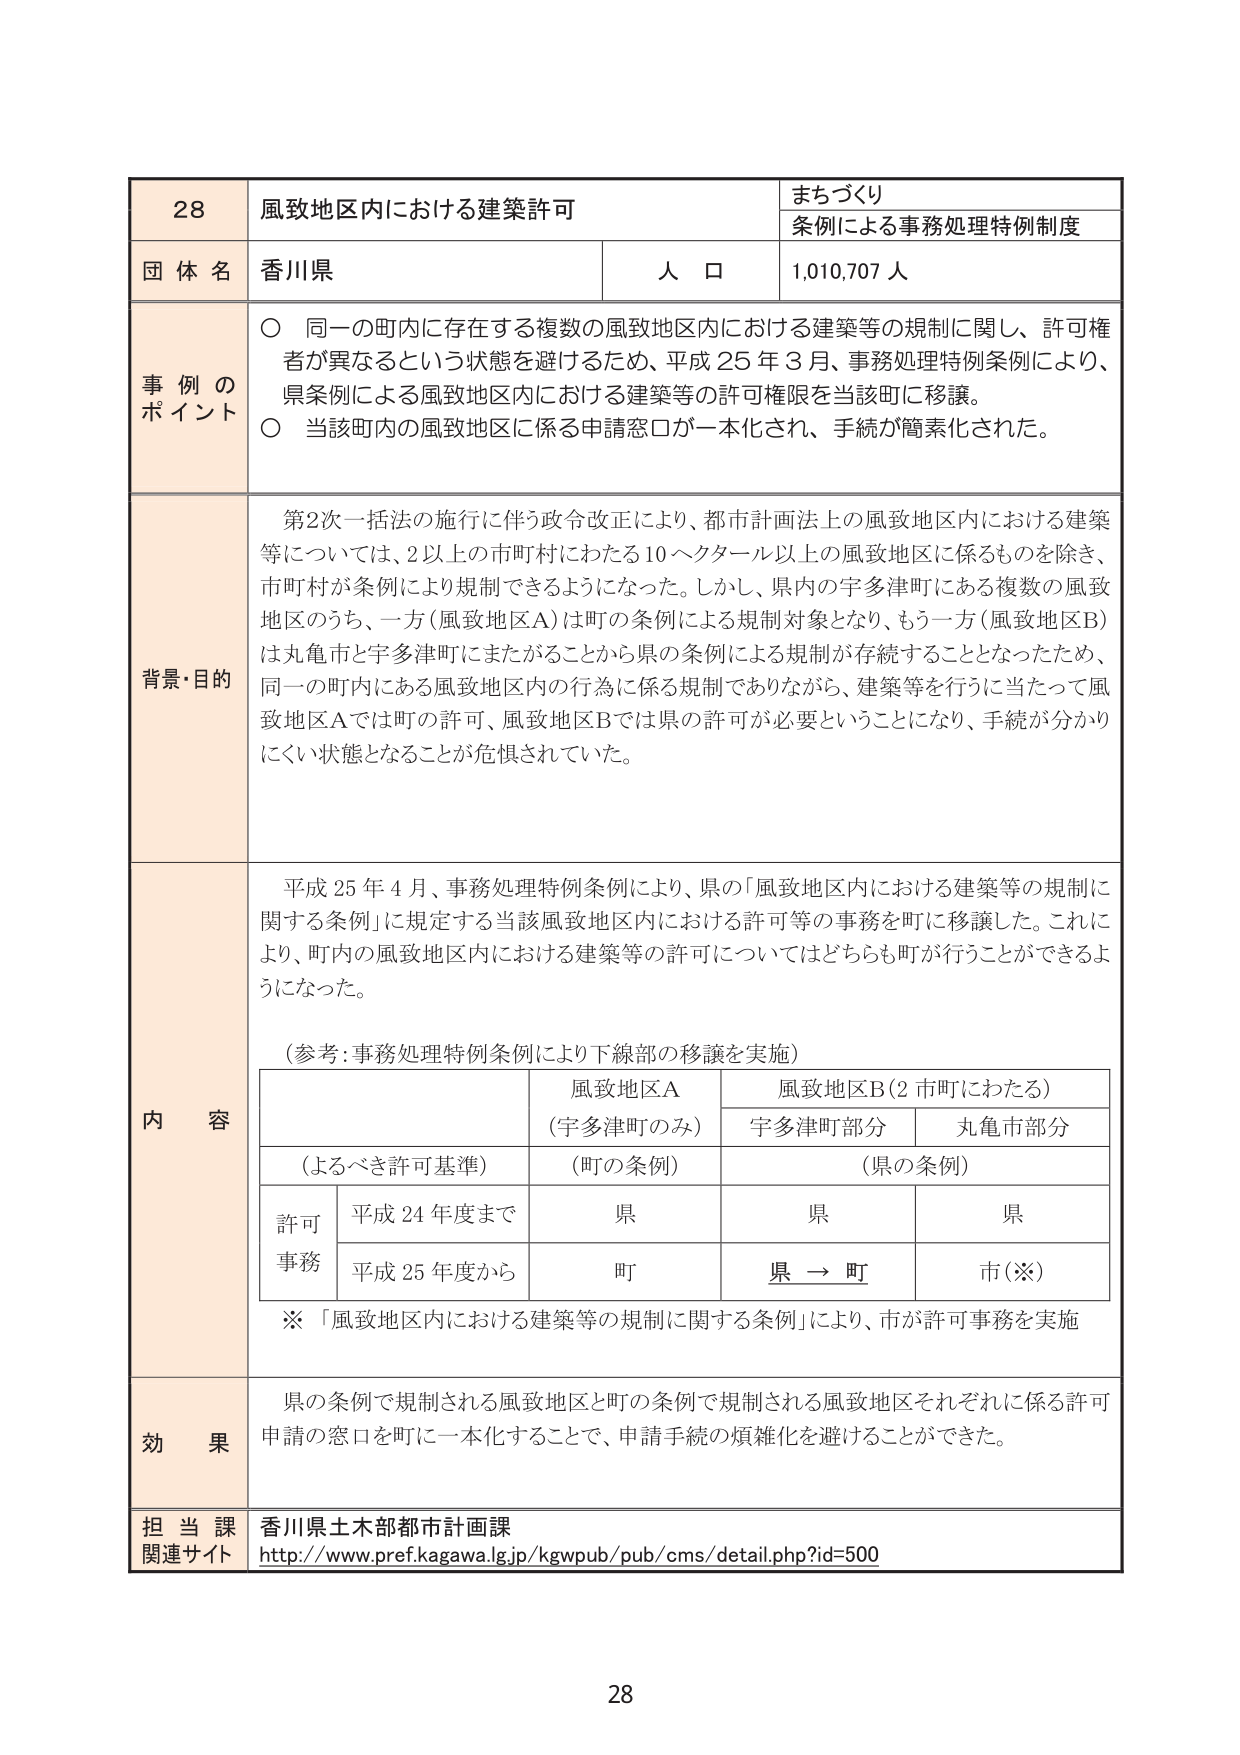
28
風致地区内における建築許可
まちづくり
条例による事務処理特例制度
団体名
香川県
人口
1,010,707人
事例のポイント
○ 同一の町内に存在する複数の風致地区内における建築等の規制に関し、許可権者が異なるという状態を避けるため、平成25年3月、事務処理特例条例により、県条例による風致地区内における建築等の許可権限を当該町に移譲。
○ 当該町内の風致地区に係る申請窓口が一本化され、手続が簡素化された。
背景・目的
第2次一括法の施行に伴う政令改正により、都市計画法上の風致地区内における建築等については、2以上の市町村にわたる10ヘクタール以上の風致地区に係るものを除き、市町村が条例により規制できるようになった。しかし、県内の宇多津町にある複数の風致地区のうち、一方（風致地区A）は町の条例による規制対象となり、もう一方（風致地区B）は丸亀市と宇多津町にまたがることから県の条例による規制が存続することとなったため、同一の町内にある風致地区内の行為に係る規制でありながら、建築等を行うに当たって風致地区Aでは町の許可、風致地区Bでは県の許可が必要ということになり、手続が分かりにくい状態となることが危惧されていた。
内容
平成25年4月、事務処理特例条例により、県の「風致地区内における建築等の規制に関する条例」に規定する当該風致地区内における許可等の事務を町に移譲した。これにより、町内の風致地区内における建築等の許可についてはどちらも町が行うことができるようになった。
（参考：事務処理特例条例により下線部の移譲を実施）
風致地区A
（宇多津町のみ）
風致地区B（2市町にわたる）
宇多津町部分
丸亀市部分
（よるべき許可基準）
（町の条例）
（県の条例）
許可事務
平成24年度まで
県
県
県
平成25年度から
町
県 → 町
市（※）
※ 「風致地区内における建築等の規制に関する条例」により、市が許可事務を実施
効果
県の条例で規制される風致地区と町の条例で規制される風致地区それぞれに係る許可申請の窓口を町に一本化することで、申請手続の煩雑化を避けることができた。
担当課
香川県土木部都市計画課
関連サイト
http://www.pref.kagawa.lg.jp/kgwpub/pub/cms/detail.php?id=500
28